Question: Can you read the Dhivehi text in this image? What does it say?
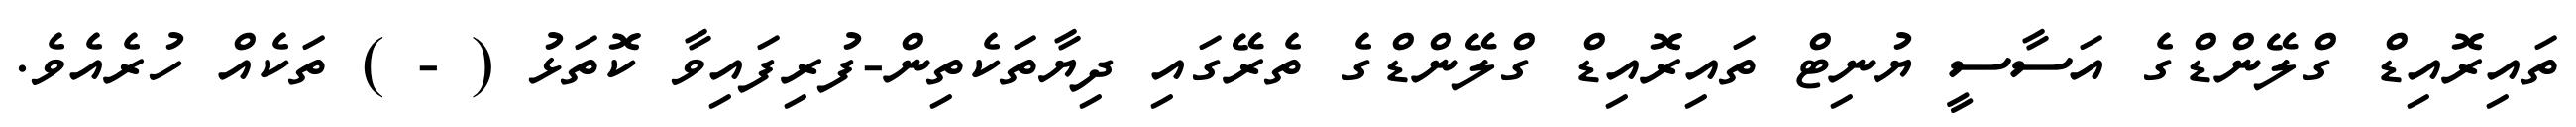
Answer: ތައިރޮއިޑް ގްލޭންޑްގެ އަސާސީ ޔުނިޓް ތައިރޮއިޑް ގްލޭންޑްގެ ތެރޭގައި ދިޔާތަކެތިން-ފުރިފައިވާ ކޮތަޅު ( - ) ތަކެއް ހުރެއެވެ.